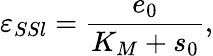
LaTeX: \varepsilon_{SSl}=\frac{e_{0}}{K_{M}+s_{0}},